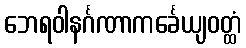
ဘေရဝါနင်္ဂဏာကင်္ခေယျဝတ္ထံ